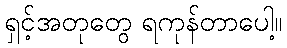
ရှင့်အတုတွေ ရကုန်တာပေါ့။